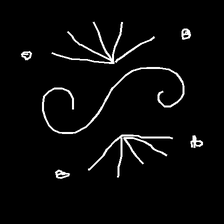
Glyph: aeroform